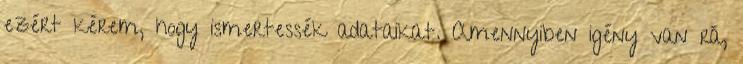
ezért kérem, hogy ismertessék adataikat. Amennyiben igény van rá,